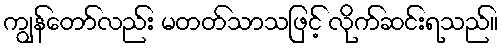
ကျွန်တော်လည်း မတတ်သာသဖြင့် လိုက်ဆင်းရသည်။